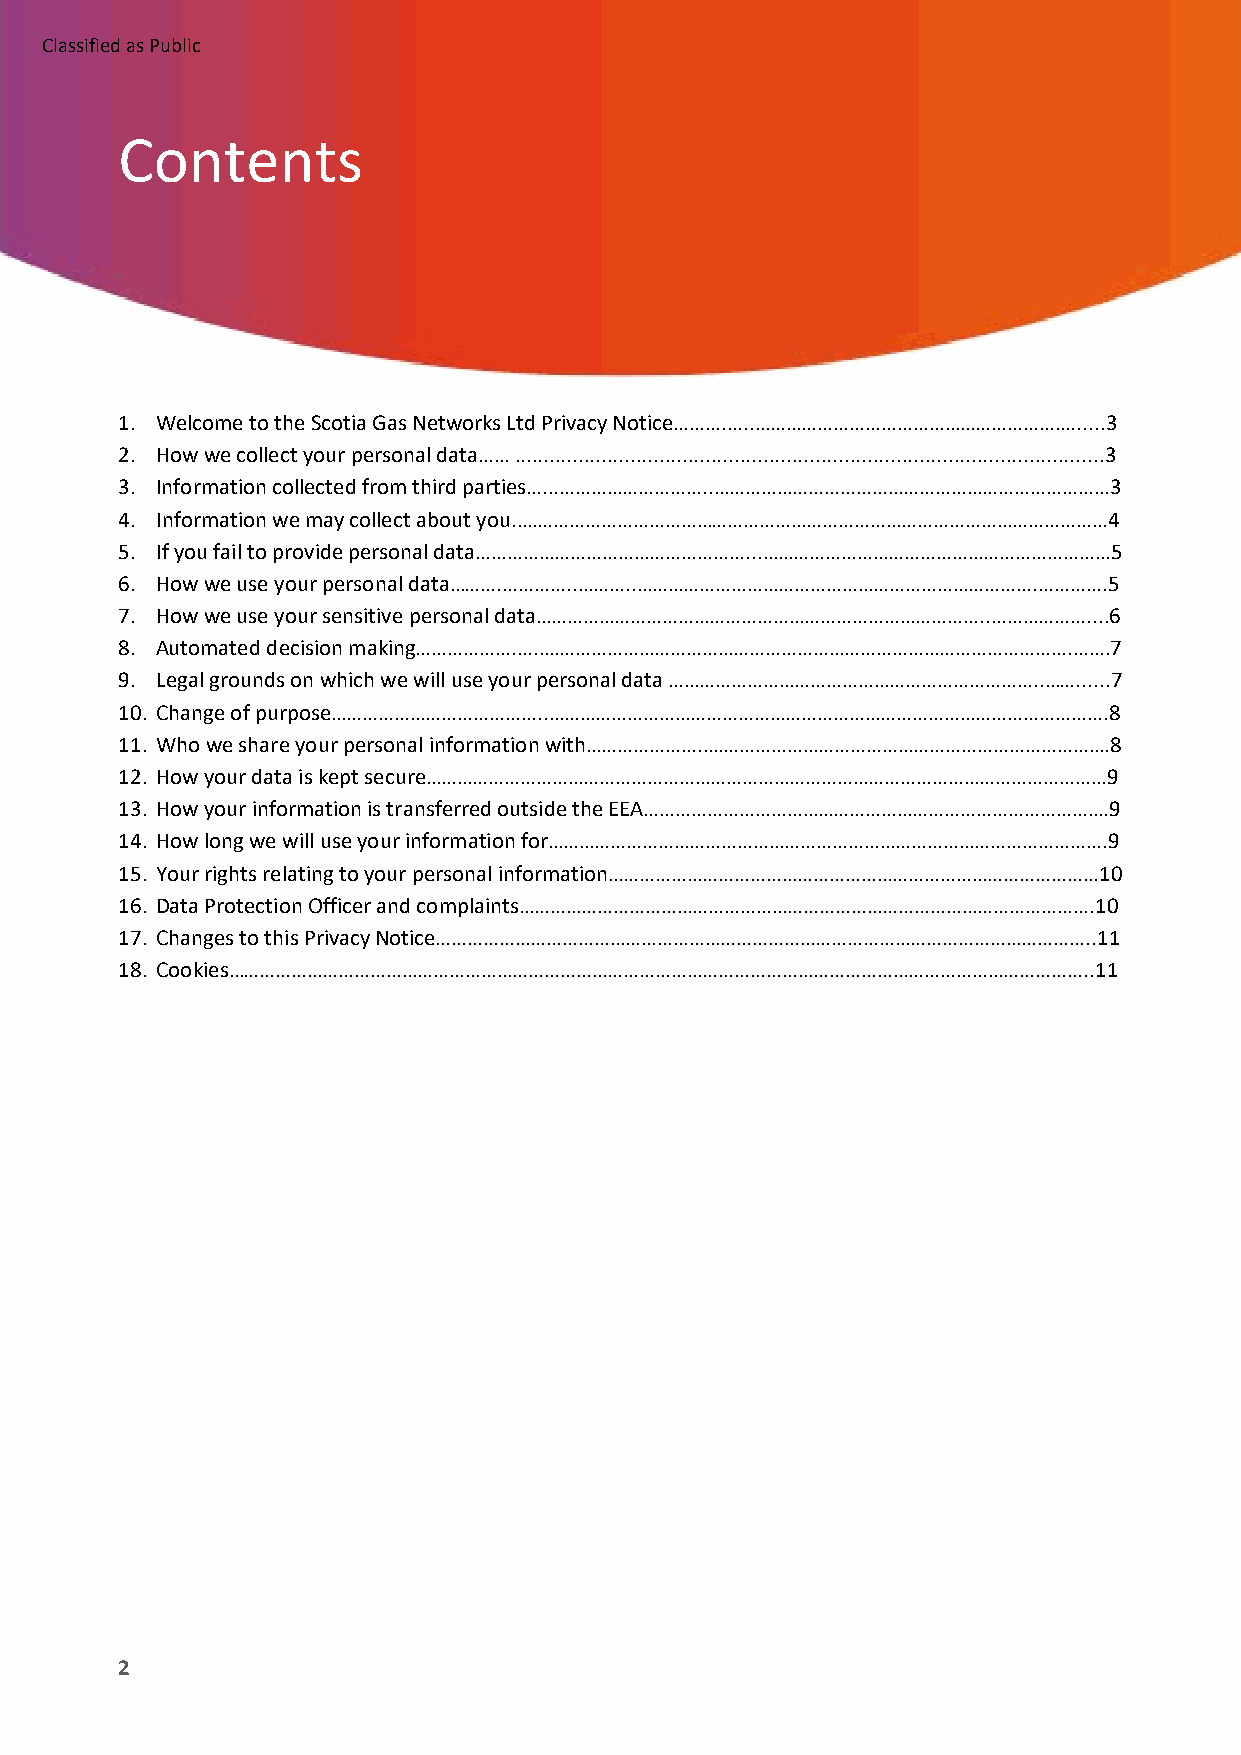
Classified as Public
 Contents
 1. Welcome to the Scotia Gas Networks Ltd Privacy Notice……….…..……………………………………………………......3
 2. How we collect your personal data…… ......................................................................................................3
 3. Information collected from third parties…...………………………..…………………………………………………………………3
 4. Information we may collect about you..…………………………………………………………………………………………………4
 5. If you fail to provide personal data……………………………………………...…………………………………………………………5
 6. How we use your personal data……….…………..………..………………………………………………………………….………….5
 7. How we use your sensitive personal data…………………………………………………………………………..………………....6
 8. Automated decision making……………….…..……………………………………………………………………………………….…….7
 9. Legal grounds on which we will use your personal data ……………………………………………………………..……......7
 10. Change of purpose…………………………………..…………………………………………………………………………………………….8
 11. Who we share your personal information with…………………..………………………………………………………………….8
 12. How your data is kept secure…………………………………………………………………………………………………………………9
 13. How your information is transferred outside the EEA…………………………………………………………………………….9
 14. How long we will use your information for…………………………………………………………………………………………….9
 15. Your rights relating to your personal information…………………………………………………………………………………10
 16. Data Protection Officer and complaints……………………………………………………………………………………………….10
 17. Changes to this Privacy Notice……………………………………………………………………………………………………………..11
 18. Cookies………………………………………………………………………………………………………………………………………………..11
 2